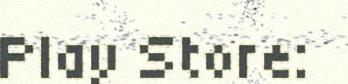
Play Store: